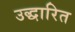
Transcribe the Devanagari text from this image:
उद्धारित